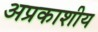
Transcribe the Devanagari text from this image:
अप्रकाशीय